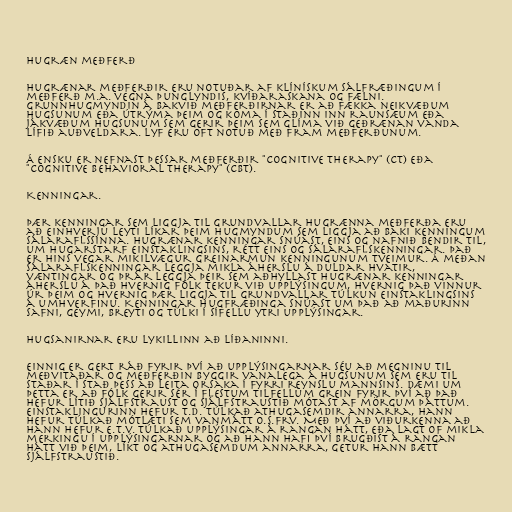
Hugræn meðferð

Hugrænar meðferðir eru notuðar af klínískum sálfræðingum í
meðferð m.a. vegna þunglyndis, kvíðaraskana og fælni.
Grunnhugmyndin á bakvið meðferðirnar er að fækka neikvæðum
hugsunum eða útrýma þeim og koma í staðinn inn raunsæum eða
jákvæðum hugsunum sem gerir þeim sem glíma við geðrænan vanda
lífið auðveldara. Lyf eru oft notuð með fram meðferðunum.

Á ensku er nefnast þessar meðferðir "cognitive therapy" (CT) eða
"cognitive behavioral therapy" (CBT).

Kenningar.

Þær kenningar sem liggja til grundvallar hugrænna meðferða eru
að einhverju leyti líkar þeim hugmyndum sem liggja að baki kenningum
sálaraflssinna. Hugrænar kenningar snúast, eins og nafnið bendir til,
um hugarstarf einstaklingsins, rétt eins og sálaraflskenningar. Það
er hins vegar mikilvægur greinarmun kenningunum tveimur. Á meðan
sálaraflskenningar leggja mikla áherslu á duldar hvatir,
væntingar og þrár leggja þeir sem aðhyllast hugrænar kenningar
áherslu á það hvernig fólk tekur við upplýsingum, hvernig það vinnur
úr þeim og hvernig þær liggja til grundvallar túlkun einstaklingsins
á umhverfinu. Kenningar hugfræðinga snúast um það að maðurinn
safni, geymi, breyti og túlki í sífellu ytri upplýsingar.

Hugsanirnar eru lykillinn að líðaninni.

Einnig er gert ráð fyrir því að upplýsingarnar séu að megninu til
meðvitaðar og meðferðin byggir vanalega á hugsunum sem eru til
staðar í stað þess að leita orsaka í fyrri reynslu mannsins. Dæmi um
þetta er að fólk gerir sér í flestum tilfellum grein fyrir því að það
hefur lítið sjálfstraust og sjálfstraustið mótast af mörgum þáttum.
Einstaklingurinn hefur t.d. túlkað athugasemdir annarra, hann
hefur túlkað mótlæti sem vanmátt o.s.frv. Með því að viðurkenna að
hann hefur e.t.v. túlkað upplýsingar á rangan hátt, eða lagt of mikla
merkingu í upplýsingarnar og að hann hafi því brugðist á rangan
hátt við þeim, líkt og athugasemdum annarra, getur hann bætt
sjálfstraustið.